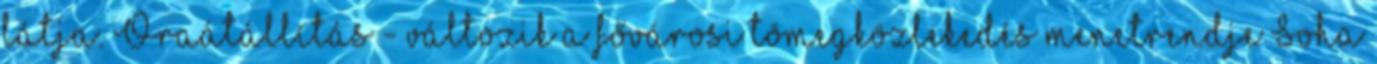
látja. Óraátállítás - változik a fővárosi tömegközlekedés menetrendje Soha